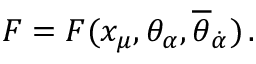
F = F ( x _ { \mu } , \theta _ { \alpha } , { \overline { { \theta } } } _ { \dot { \alpha } } ) \, .